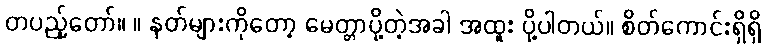
တပည့်တော်။ ။ နတ်များကိုတော့ မေတ္တာပို့တဲ့အခါ အထူး ပို့ပါတယ်။ စိတ်ကောင်းရှိရှိ